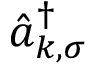
\hat { a } _ { k , \sigma } ^ { \dagger }